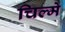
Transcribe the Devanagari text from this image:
चिल्मे